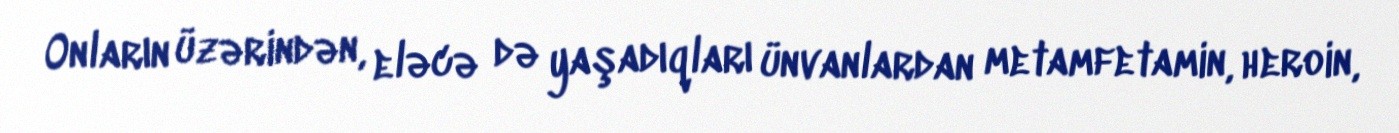
Onların üzərindən, eləcə də yaşadıqları ünvanlardan metamfetamin, heroin,